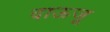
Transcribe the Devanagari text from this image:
दाऊजू